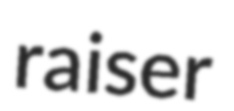
raiser